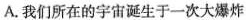
A.我们所在的宇宙诞生于一次大爆炸